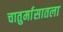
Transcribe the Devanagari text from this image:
चातुर्मासातला